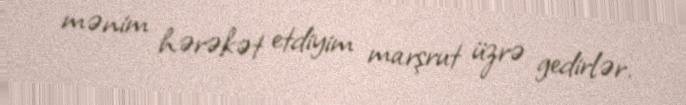
mənim hərəkət etdiyim marşrut üzrə gedirlər.